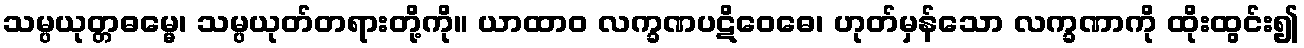
သမ္ပယုတ္တဓမ္မေ၊ သမ္ပယုတ်တရားတို့ကို။ ယာထာဝ လက္ခဏပဋိဝေဓေ၊ ဟုတ်မှန်သော လက္ခဏာကို ထိုးထွင်း၍